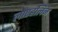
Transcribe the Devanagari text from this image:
लोएहलिन